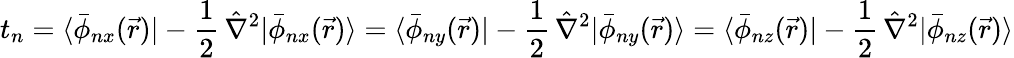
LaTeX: t_{n}=\langle\bar{\phi}_{nx}(\vec{r})|-\frac{1}{2}\, \hat{\nabla}^{2}|\bar{\phi}_{nx}(\vec{r})\rangle=\langle\bar{\phi}_{ny}(\vec{r})|-\frac{1}{2}\, \hat{\nabla}^{2}|\bar{\phi}_{ny}(\vec{r})\rangle=\langle\bar{\phi}_{nz}(\vec{r})|-\frac{1}{2}\, \hat{\nabla}^{2}|\bar{\phi}_{nz}(\vec{r})\rangle